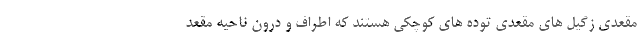
مقعدی زگیل های مقعدی توده های کوچکی هستند که اطراف و درون ناحیه مقعد